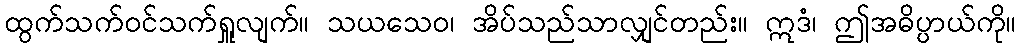
ထွက်သက်ဝင်သက်ရှူလျက်။ သယသေဝ၊ အိပ်သည်သာလျှင်တည်း။ ဣဒံ၊ ဤအဓိပ္ပာယ်ကို။